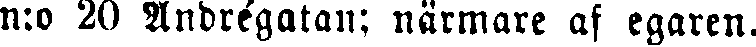
n:o 20 Andrégatan; närmare af egaren.